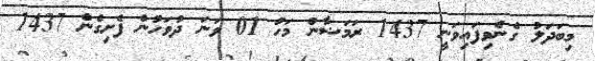
މިބަދަލު ގެނެވިފައިވަނީ 1437 ރަމަޟާން މަހު 01 ވަނަ ދުވަހުން ފެށިގެން 1437